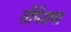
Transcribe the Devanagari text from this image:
तोपेशचा